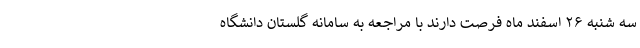
سه شنبه ۲۶ اسفند ماه فرصت دارند با مراجعه به سامانه گلستان دانشگاه